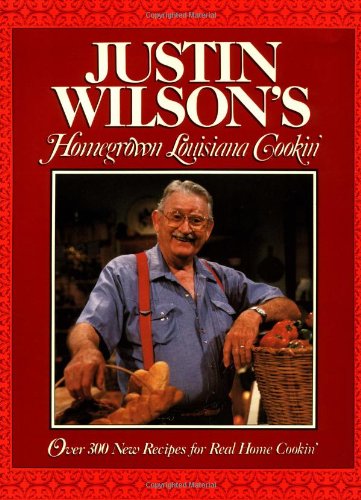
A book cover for Justin Wilson's Homegrown Louisiana Cookin'; Justin Wilson; Cookbooks, Food & Wine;